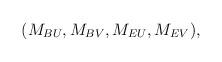
LaTeX: \begin{align*}\begin{aligned}(M_{BU},M_{BV},M_{EU},M_{EV}),\end{aligned}\end{align*}